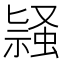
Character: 𬠛